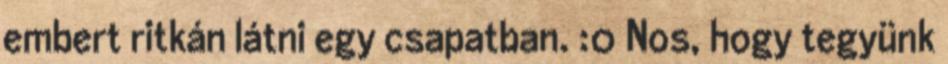
embert ritkán látni egy csapatban. :0 Nos, hogy tegyünk